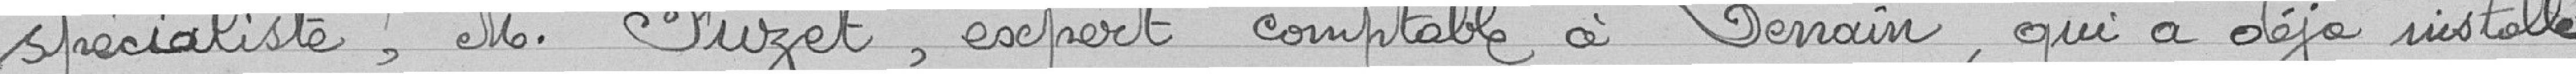
spécialiste, Monsieur Fuzet, expert comptable à Verrain, qui a déjà installé